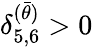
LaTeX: \delta_{5,6}^{(\bar{\theta})}>0